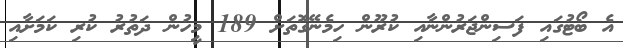
އެ ބޯޓުގައި ފަސިންޖަރުންނާއި ކުރޫން ހިމެނޭގޮތަށް 189 މީހުން ދަތުރު ކުރި ކަމަށާއި